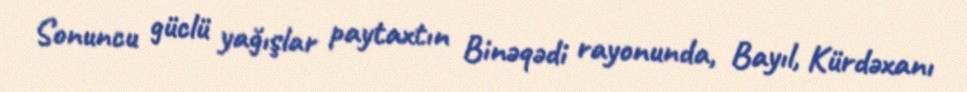
Sonuncu güclü yağışlar paytaxtın Binəqədi rayonunda, Bayıl, Kürdəxanı